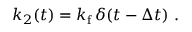
k _ { 2 } ( t ) = k _ { \mathrm { f } } \, \delta ( t - \Delta t ) \ .